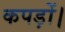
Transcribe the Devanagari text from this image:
कपड़ों।